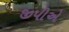
જીપીએ